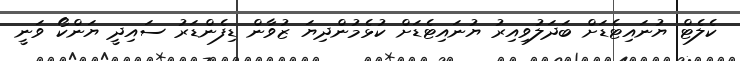
ކެލެޓް ޔުނައިޓެޑަށް ބަދަލުވިއިރު ޔުނައިޓެޑަށް ކުޅެމުންދިޔަ ޒުވާން ޑިފެންޑަރު ސައިދީ ޔަންކޯ ވަނީ